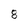
Character: 8